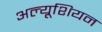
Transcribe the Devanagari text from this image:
अल्यूशियन